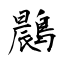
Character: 鷐